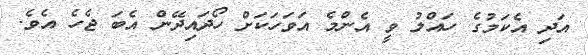
އަދި އެކަމުގެ ހައްލު ވީ އެންމެ އަވަހަކަށް ހޯދައިދޭން އެބަ ޖެހެ އެވެ.